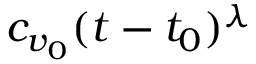
c _ { v _ { 0 } } ( t - t _ { 0 } ) ^ { \lambda }